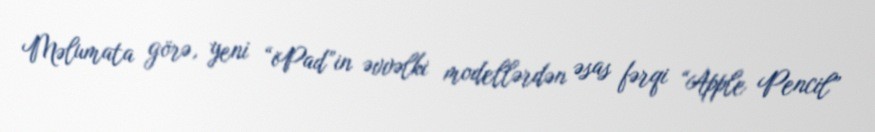
Məlumata görə, yeni “iPad”in əvvəlki modellərdən əsas fərqi “Apple Pencil”